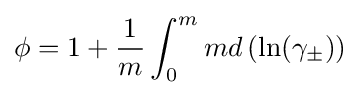
\phi =1+{\frac {1}{m}}\int _{0}^{m}md\left(\ln(\gamma _{\pm })\right)